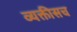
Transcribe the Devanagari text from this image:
व्यक्तीसच